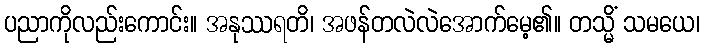
ပညာကိုလည်းကောင်း။ အနုဿရတိ၊ အဖန်တလဲလဲအောက်မေ့၏။ တသ္မိံ သမယေ၊